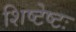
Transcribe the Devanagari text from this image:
शिष्टेष्टः